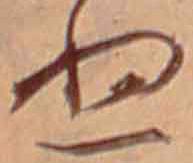
ぬ